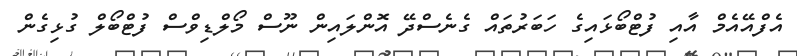
އެފްއޭއެމް އާއި ފުޓްބޯޅައިގެ ހަބަރުތައް ގެނެސްދޭ އޮންލައިން ނޫސް މޯލްޑިވްސް ފުޓްބޯލް ގުޅިގެން